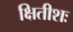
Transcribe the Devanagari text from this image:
क्षितीशः